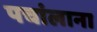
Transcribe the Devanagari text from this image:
पचांलाना